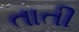
તાતી